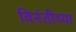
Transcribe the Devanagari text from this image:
विनंतीच्या